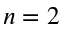
n = 2